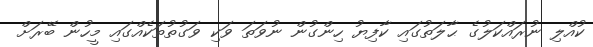
ކުއްލި ނުރައްކަލުގެ ޙާލަތުގައި ކާފިޔު ހިންގުން ނުވަތަ ވަކި ވަގުތުތަކެއްގައި މީހުން ބޭރަށް